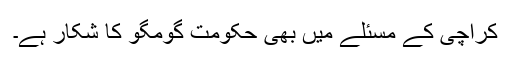
کراچی کے مسئلے میں بھی حکومت گومگو کا شکار ہے۔